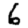
Digit: 6